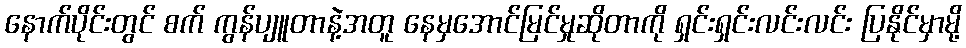
နောက်ပိုင်းတွင် စက် ကွန်ပျူတာနဲ့အတူ နေမှအောင်မြင်မှုဆိုတာကို ရှင်းရှင်းလင်းလင်း ပြနိုင်မှာမို့